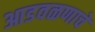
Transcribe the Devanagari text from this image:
आडवळणाचे